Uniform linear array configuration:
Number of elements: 48
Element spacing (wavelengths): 0.5
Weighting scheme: blackman
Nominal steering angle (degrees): -60
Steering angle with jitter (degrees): -59.488
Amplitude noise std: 0.05
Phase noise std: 0.05

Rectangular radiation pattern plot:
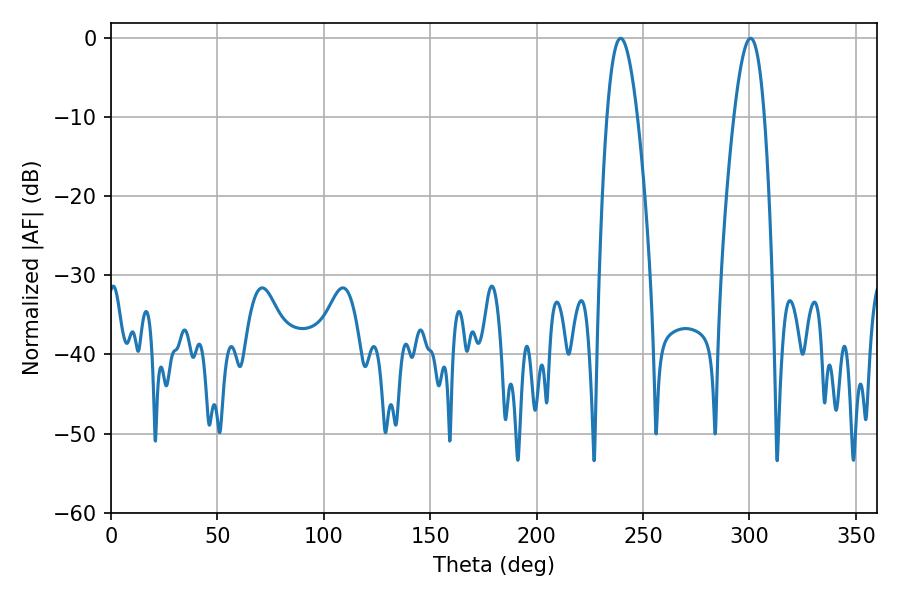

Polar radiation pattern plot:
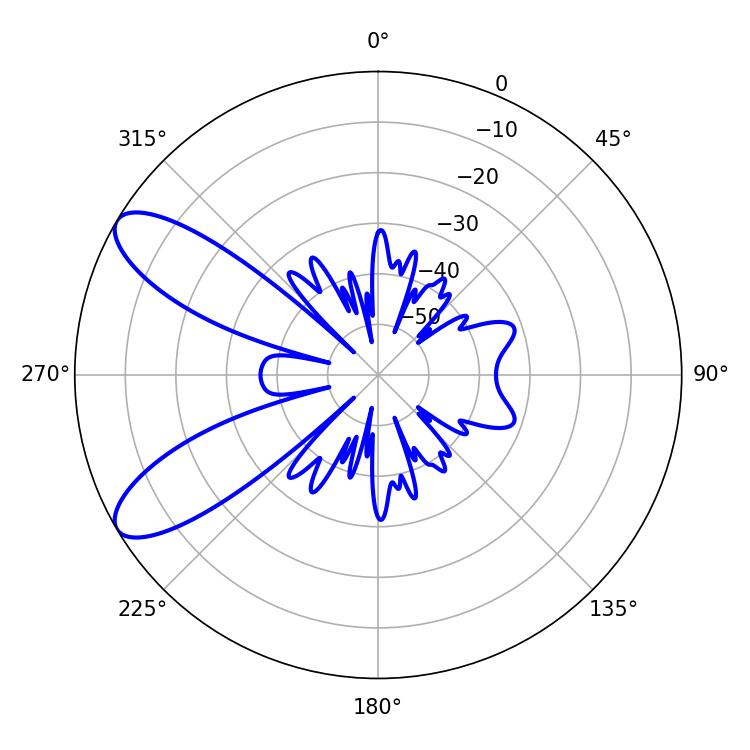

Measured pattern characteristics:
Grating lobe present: FALSE
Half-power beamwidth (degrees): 7.74
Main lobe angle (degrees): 239.4